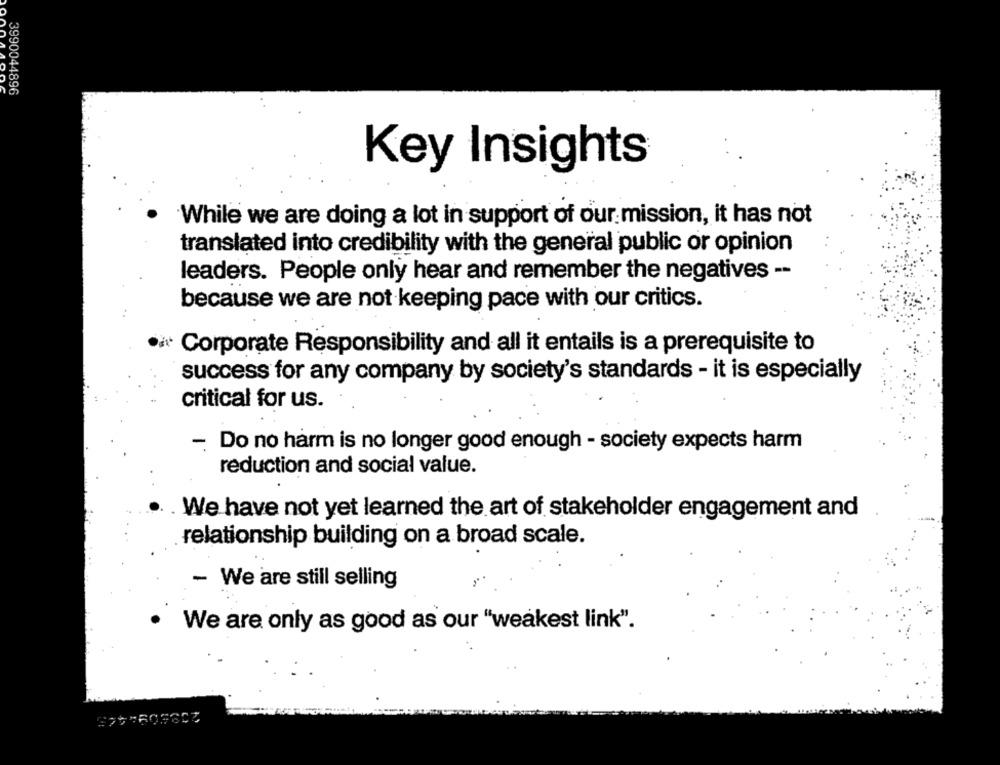
3990044896
Key Insights
While we are doing a lot in support of our mission, it has not
translated into credibility with the general public or opinion
leaders. People only hear and remember the negatives --
because we are not keeping pace with our critics.
Corporate Responsibility and all it entails is a prerequisite to
success for any company by society's standards - it is especially
critical for us.
- Do no harm is no longer good enough - society expects harm
reduction and social value.
. We have not yet learned the art of stakeholder engagement and
relationship building on a broad scale.
- We are still selling
We are only as good as our "weakest link".